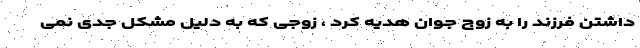
داشتن فرزند را به زوج جوان هدیه کرد ، زوجی که به دلیل مشکل جدی نمی